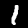
Digit: 1